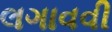
લગાવવી